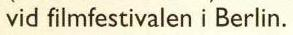
vid filmfestivalen i Berlin.